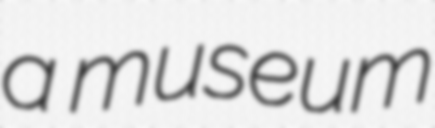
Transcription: a museum